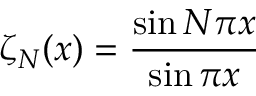
\zeta _ { N } { ( x ) } = \frac { \sin N \pi x } { \sin \pi x }